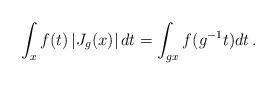
LaTeX: \begin{align*}\int_{x} f(t) \, |J_g(x)| \, dt = \int_{gx} f(g^{-1}t) dt \, .\end{align*}